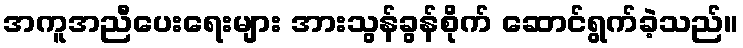
အကူအညီပေးရေးများ အားသွန်ခွန်စိုက် ဆောင်ရွက်ခဲ့သည်။